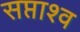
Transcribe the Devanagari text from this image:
सप्ताश्व